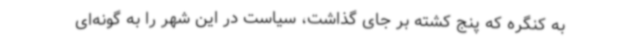
به کنگره که پنج کشته بر جای گذاشت، سیاست در این شهر را به گونه‌ای